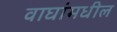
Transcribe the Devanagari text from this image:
वाघांमधील